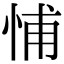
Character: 悑